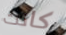
كانت